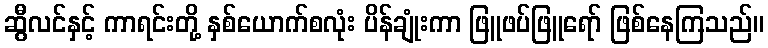
ဆွီလင်နှင့် ကာရင်းတို့ နှစ်ယောက်စလုံး ပိန်ချုံးကာ ဖြူဖပ်ဖြူရော် ဖြစ်နေကြသည်။